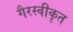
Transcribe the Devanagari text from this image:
गैरस्वीकृत